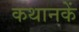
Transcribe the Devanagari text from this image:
कथानकें